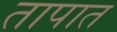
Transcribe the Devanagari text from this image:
तापात